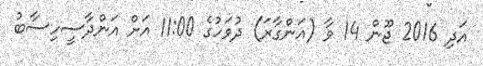
އަދި 2016 ޖޫން 14 ވާ (އަންގާރަ) ދުވަހުގެ 11:00 އަށް އަންދާސީހިސާބު